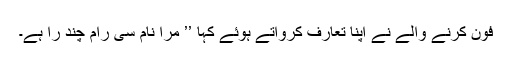
فون کرنے والے نے اپنا تعارف کرواتے ہوئے کہا ’’ مرا نام سی رام چند را ہے۔